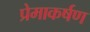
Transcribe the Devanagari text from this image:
प्रेमाकर्षण